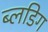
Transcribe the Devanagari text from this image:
ब्लिंडिग